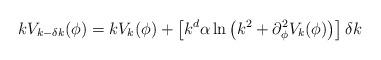
LaTeX: \begin{align*}kV_{k-\delta k}(\phi)= kV_k(\phi)+\left[k^d\alpha\ln \left(k^2+\partial^2_{\phi} V_k(\phi)\right)\right]\delta k\end{align*}